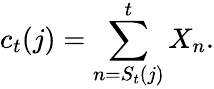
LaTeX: c_{t}(j)=\sum_{n=S_{t}(j)}^{t}X_{n}.